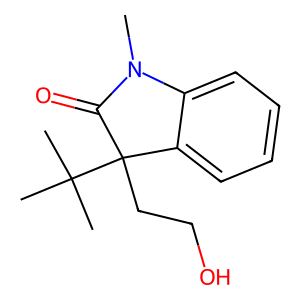
SMILES: CN1C(=O)C(CCO)(C(C)(C)C)c2ccccc21
Inhibits HIV replication: No